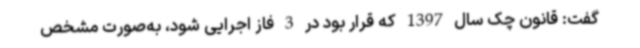
گفت: قانون چک سال 1397 که قرار بود در 3 فاز اجرایی شود، به‌صورت مشخص